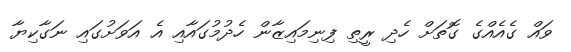
ވައް ގެއެއްގެ ގޮތަށް ހެދި ރީތި ފިނިމައިޒާން ހެދުމުގައާއި އެ އަވަށުގައި ނަގާކިޔާ